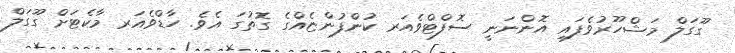
ގޫގަލް މަޝްހޫރުވެފައި އޮންނަނީ ސޮފްޓްވެއަރ ކުންފުންޏެއްގެ ގޮތުގަ އެވެ. ހާޑްވެއަރ މާކެޓަށް ގޫގަލް